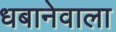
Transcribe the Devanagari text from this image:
धबानेवाला